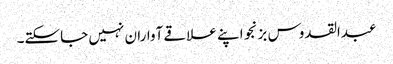
عبدالقدوس بزنجو اپنے علاقے آواران نہیں جاسکتے۔